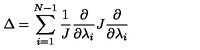
\Delta = \sum _ { i = 1 } ^ { N - 1 } \frac { 1 } { J } \frac { \partial } { \partial \lambda _ { i } } J \frac { \partial } { \partial \lambda _ { i } }